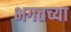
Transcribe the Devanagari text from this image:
भगतच्या